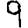
Digit: 9